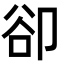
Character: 卻